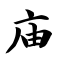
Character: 庙